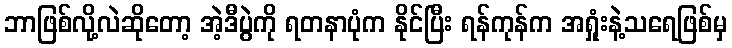
ဘာဖြစ်လို့လဲဆိုတော့ အဲ့ဒီပွဲကို ရတနာပုံက နိုင်ပြီး ရန်ကုန်က အရှုံးနဲ့သရေဖြစ်မှ